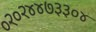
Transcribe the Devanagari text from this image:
०२०२४४७३३०४